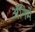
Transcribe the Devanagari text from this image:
अॅनिमे